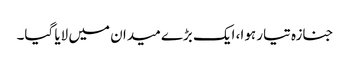
جنازہ تیار ہوا، ایک بڑے میدان میں لایا گیا۔